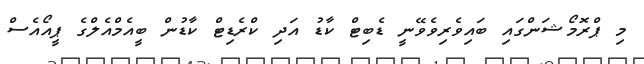
މި ޕްރޮމޯޝަންގައި ބައިވެރިވެވޭނީ ޑެބިޓް ކާޑު އަދި ކްރެޑިޓް ކާޑުން ބީއެމްއެލްގެ ޕީއޯއެސް